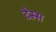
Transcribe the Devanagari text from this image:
टेम्‍स